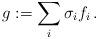
LaTeX: \begin{align*}g:= \sum_i \sigma_if_i \, .\end{align*}